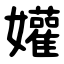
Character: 孉